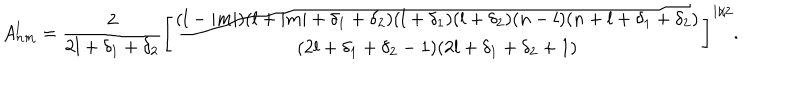
LaTeX: A _ { n m } ^ { l } = \frac { 2 } { 2 l + \delta _ { 1 } + \delta _ { 2 } } \left[ \frac { ( l - | m | ) ( l + | m | + \delta _ { 1 } + \delta _ { 2 } ) ( l + \delta _ { 1 } ) ( l + \delta _ { 2 } ) ( n - l ) ( n + l + \delta _ { 1 } + \delta _ { 2 } ) } { ( 2 l + \delta _ { 1 } + \delta _ { 2 } - 1 ) ( 2 l + \delta _ { 1 } + \delta _ { 2 } + 1 ) } \right] ^ { 1 / 2 } .